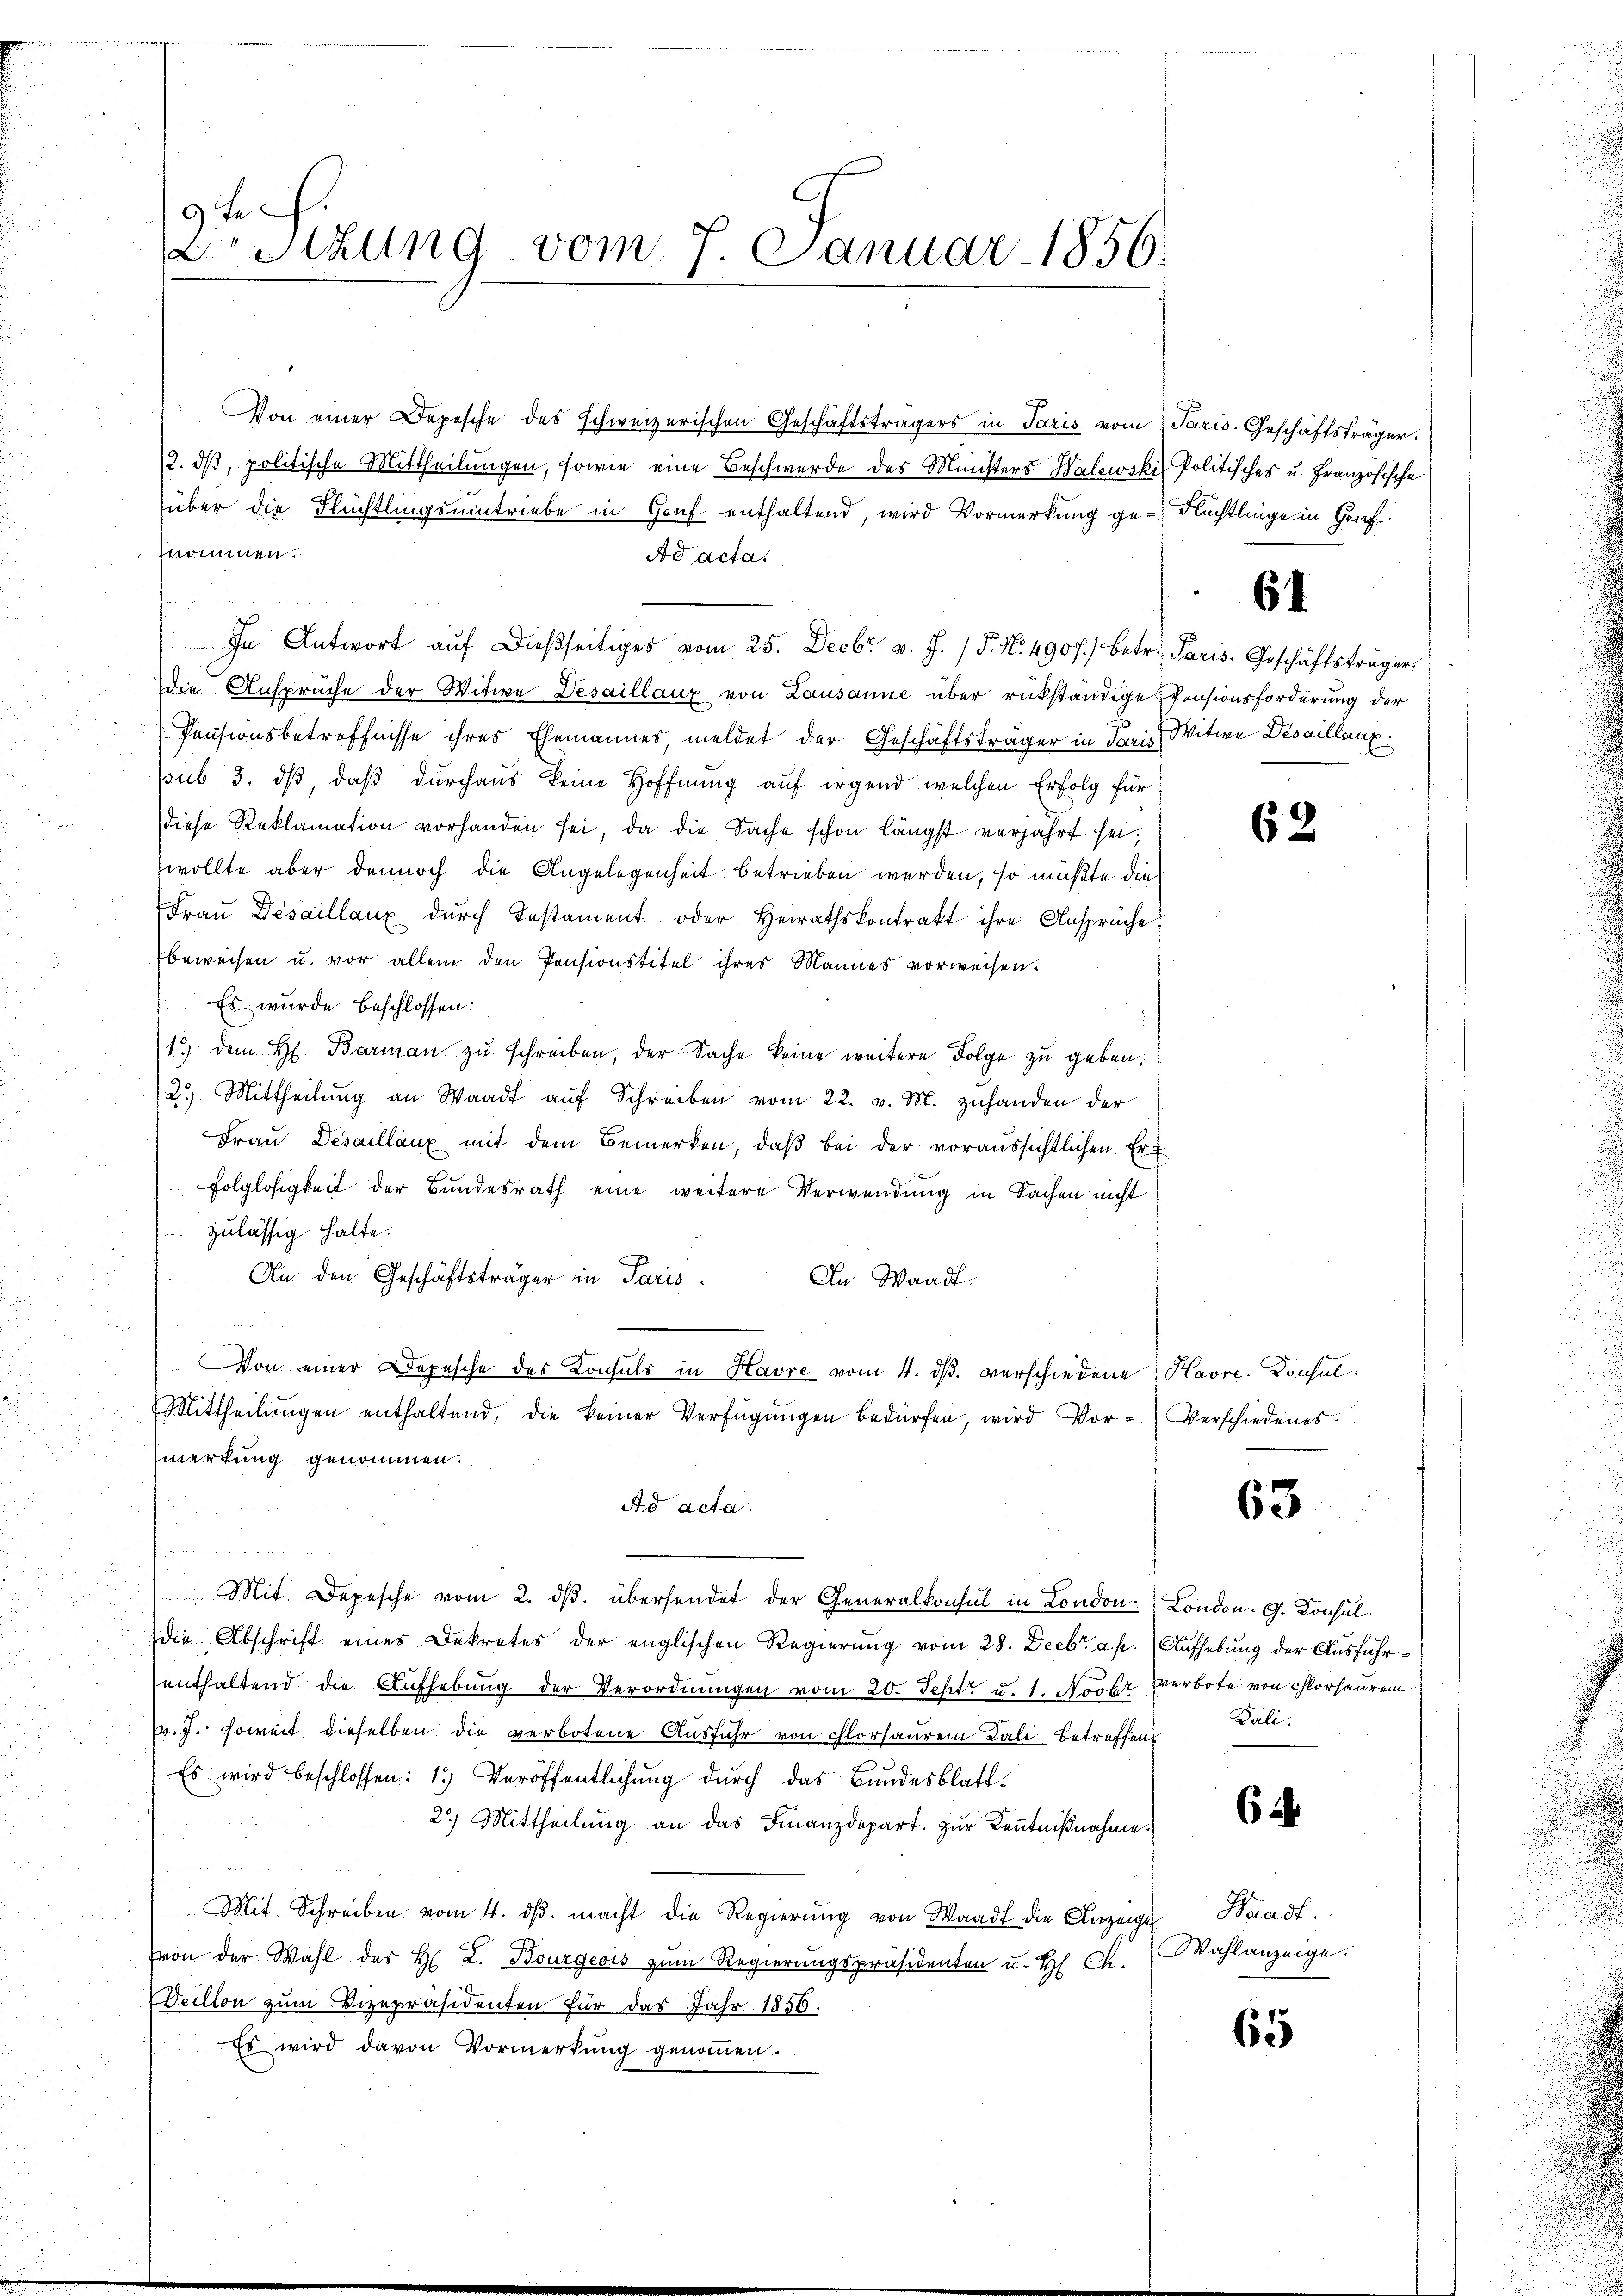
9te
DrStzung vom 7. Januar 1856.

Von einer Depesche des schweizerischen Geschäftsträgers in Paris vom Paris. Geschäftsträger,
12. dβ, politische Mittheilungen, sowie eine Beschwerde des Ministers Walewski Politisches u. Französische
über die Flüchtlingseintriebe in Genf enthaltend, wird Vormerkung ge- Flüchtlinge in Gef
nommen.
Ad acta.
In Antwort aŭf dießseitiges vom 25. Decbr. v. J. / 5. No. 4907. betr. Paris. Geschäftsträger
die Anspruche der Witwe Desaillanz von Lausanne über rükständige Pensionsforderung der
Pensionsbetreffnisse ihres Ehemannes, meldet der Geschäftsträger in Paris Witwe Desaillanz
pub 3. dß daß durchaus keine Hoffnung auf irgend welchen Erfolg für
diese Reklamation vorhanden sei, da die Sache schon längst verjahrt sei,
wollte aber dennoch die Angelegenheit betrieben werden, so müßte die
Fraŭ Desaillaux durch Testament oder Heirathskontrakt ihre Ansprüche
beweisen u. vor allem den Pensionstitel ihres Mannes vorweisen.
Es wurde beschlossen:
13. dem H. Barmaṅ zŭ schreiben, der Sache keine weitere Folge zu geben.
2. Mittheilŭng an Waadt aŭf Schreiben vom 22. v. M. zuhanden der
Fraŭ Desaillanz mit dem Bemerken, daβ bei der voraussichtlichen Erfolglosigkeit der Bundesrath eine weitere Verwendung in Sachen nicht
zulässig halte.
r
An den Geschäftsträger in Paris.
In Waadt.
 Von einer Depesche des Konsuls in Havre vom 4. ds. verschiedene Havre. Donsul
Mittheilŭngen enthaltend, die keiner Verfügŭngen bedürfen, wird Vor-Verschiedenes.
merkung genommen.
Ad acta.
n
2
Mit Depesche vom 2. dβ. übersendet der Generalkonsul in London. London. G. Konsul
die Abschrift eines Dekretes der englischen Regierung vom 28. Decbr. a. p. Aufhebung der Ausführenthaltend die Aufhebung der Verordnungen vom 20. Sept. u. 1. Novbr. verbote von closaure
pr. J. soweit dieselben die verbotene Ausführ von clorsaurem Lali betreffen
Es wird beschlossen: 1.) Veröffentlichung durch das Bundesblatt¬
2) Mittheilung an das Finanzdepart. zur Kenntnißnahme.
u
Mit Schreiben vom 4. dβ. macht die Regierŭng von Waadt die Anzeige Waadt:
Von der Wahl des H. L. Bourgeois zum Regierungspräsidenten u. H. Ch.
Veillon zum Vizepräsidenten für das Jahr 1856.
Es wird davon Vormerkŭng genoṁen.

64

62

63

Dali.

6

Wahlanzeige.

65